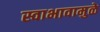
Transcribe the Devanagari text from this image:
स्वाभावामुळे